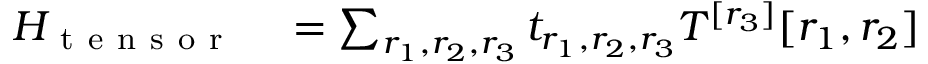
\begin{array} { r l } { H _ { \mathrm { ~ t ~ e ~ n ~ s ~ o ~ r ~ } } } & { { } = \sum _ { r _ { 1 } , r _ { 2 } , r _ { 3 } } t _ { r _ { 1 } , r _ { 2 } , r _ { 3 } } T ^ { [ r _ { 3 } ] } [ r _ { 1 } , r _ { 2 } ] } \end{array}